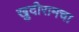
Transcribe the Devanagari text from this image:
खुदीरामचा